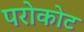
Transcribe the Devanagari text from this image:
परोकोट